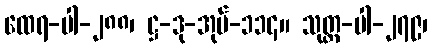
ထေရ-ပါ-၂၈၈၊ ဋ္ဌ-ဒု-အုပ်-၁၁၄။ သုတ္တ-ပါ-၂၇၉၊